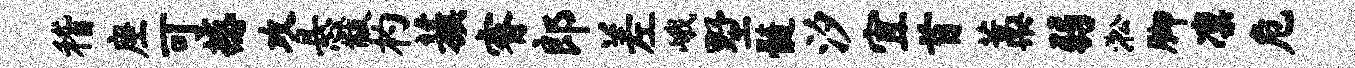
稽座可撼攻悬黻杓蔟睿郎差峨墅髓汐宜首藁弱淞脚凛危